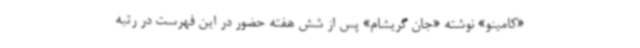
«کامینو» نوشته «جان گریشام»‌ پس از شش هفته حضور در این فهرست در رتبه